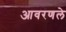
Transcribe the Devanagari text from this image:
आवरणले